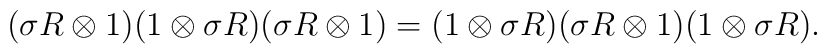
(\sigma R \otimes 1)(1\otimes\sigma R)(\sigma R\otimes 1) =(1\otimes\sigma R)(\sigma R \otimes1)(1\otimes\sigma R).